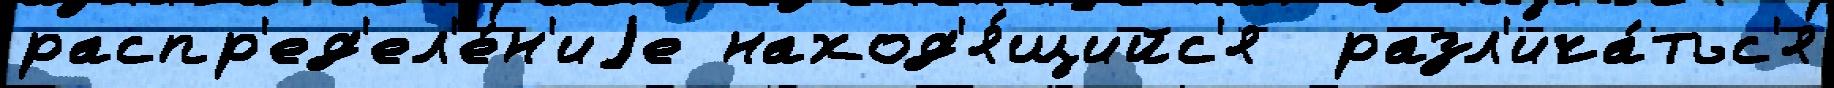
распр'ед'ел'е́н'иjе наход'я́щийс'я  разл'ича́тьс'я